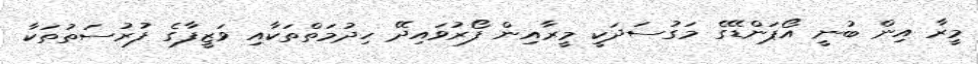
މީރާ އިން ބުނީ އޯޕަންޑޭގެ މަގުސަދަކީ މީރާއިން ފޯރުވައިދޭ ހިދުމަތްތަކާއި ވަޒީފާގެ ފުރުސަތުތަކާ